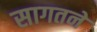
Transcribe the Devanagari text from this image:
सागतने